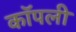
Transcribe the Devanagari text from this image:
कॉपली